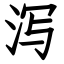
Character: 泻